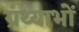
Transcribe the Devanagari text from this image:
ग्रंथ्याभों